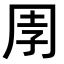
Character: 𭎈